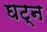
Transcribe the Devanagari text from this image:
घट्न